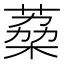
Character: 𮐟